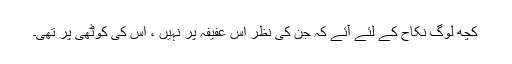
کچھ لوگ نکاح کے لئے آئے کہ جن کی نظر اس عفیفہ پر نہیں ، اس کی کوٹھی پر تھی۔